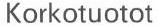
Korkotuotot